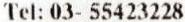
TEL: 03- 55423228